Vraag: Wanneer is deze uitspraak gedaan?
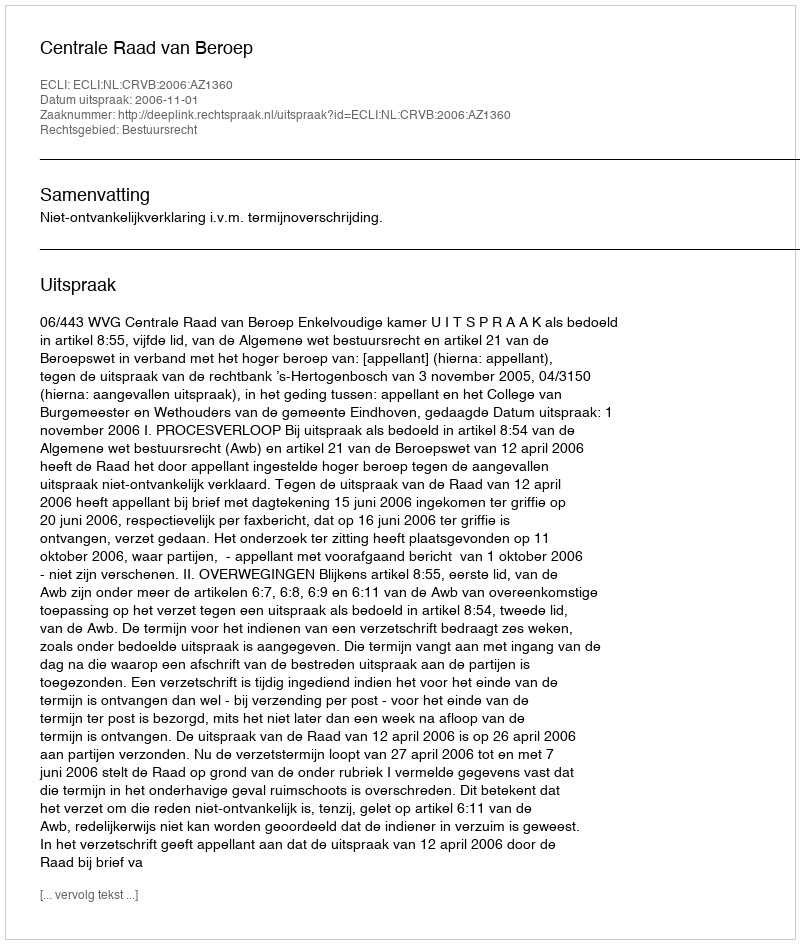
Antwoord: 2006-11-01